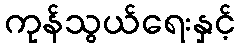
ကုန်သွယ်ရေးနှင့်